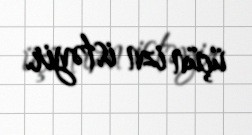
üçün izn istəyir.